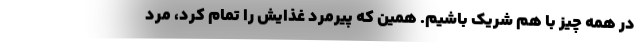
در همه چیز با هم شریک باشیم. همین که پیرمرد غذایش را تمام کرد، مرد